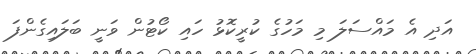
އަދި އެ މައްސަލަ މި މަހުގެ ކުރީކޮޅު ހައި ކޯޓުން ވަނީ ބަލައިގެންފަ